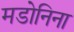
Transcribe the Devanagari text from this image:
मडोनिना